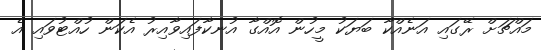
މައްޗަށް ރޭގައި އަނެއްކާ ބަޔަކު މީހުން އޮއްގާ އުނކާފައިވާއިރު އެކަން ހުއްޓުވައި އެ